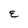
Character: E